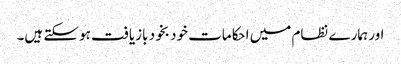
اور ہمارے نظام میں احکامات خود بخود بازیافت ہوسکتے ہیں۔